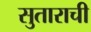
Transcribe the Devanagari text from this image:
सुताराची